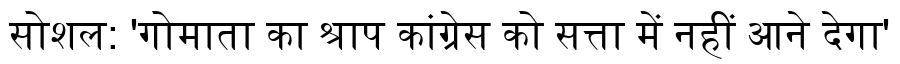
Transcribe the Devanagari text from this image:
सोशल: 'गोमाता का श्राप कांग्रेस को सत्ता में नहीं आने देगा'